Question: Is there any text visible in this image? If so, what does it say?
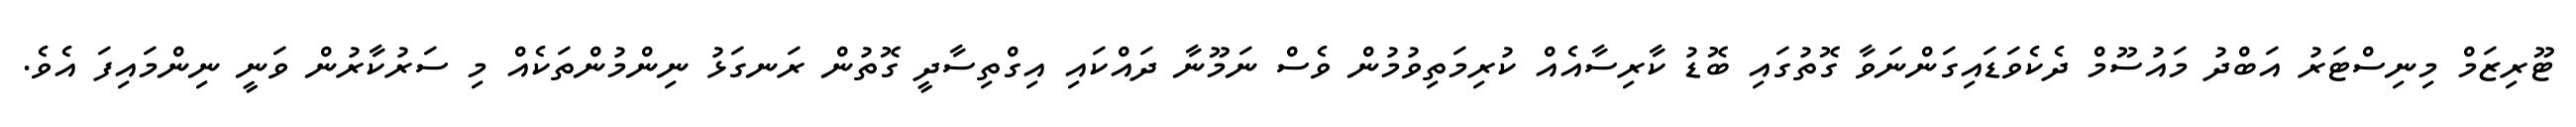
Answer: ޓޫރިޒަމް މިނިސްޓަރު އަބްދު މައުސޫމް ދެކެވަޑައިގަންނަވާ ގޮތުގައި ބޮޑު ކާރިސާއެއް ކުރިމަތިވުމުން ވެސް ނަމޫނާ ދައްކައި އިގްތިސާދީ ގޮތުން ރަނގަޅު ނިންމުންތަކެއް މި ސަރުކާރުން ވަނީ ނިންމައިފަ އެވެ.